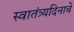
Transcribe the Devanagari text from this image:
स्वातंत्र्यदिनाचे